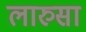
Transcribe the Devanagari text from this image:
लारुसा